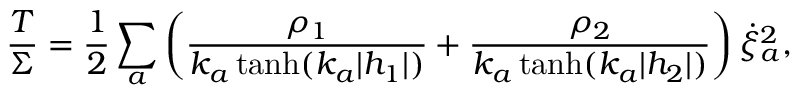
\frac { T } { \Sigma } = \frac { 1 } { 2 } \sum _ { a } \left( \frac { \rho _ { 1 } } { k _ { a } \operatorname { t a n h } ( k _ { a } | h _ { 1 } | ) } + \frac { \rho _ { 2 } } { k _ { a } \operatorname { t a n h } ( k _ { a } | h _ { 2 } | ) } \right) \dot { \xi } _ { a } ^ { 2 } ,